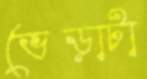
ভেড়াটা